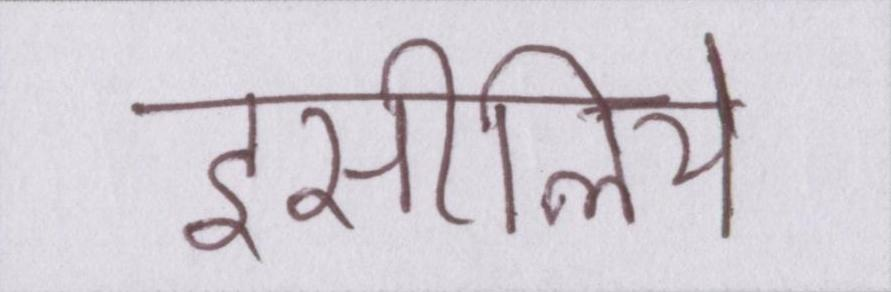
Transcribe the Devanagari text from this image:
इसीलिये